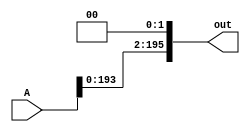
`define M     97          // M is the degree of the irreducible polynomial
`define WIDTH (2*`M-1)    // width for a GF(3^M) element
`define W2    (4*`M-1)    // width for a GF(3^{2*M}) element
`define W3    (6*`M-1)    // width for a GF(3^{3*M}) element
`define W6    (12*`M-1)   // width for a GF(3^{6*M}) element
`define PX    196'h4000000000000000000000000000000000000000001000002 // PX is the irreducible polynomial
`define SCALAR_WIDTH (151-1) // the width for the scalar value
`define MOST 2*`M+1:2*`M

module func2(A, out);
    input [`WIDTH+2:0] A;
    output [`WIDTH+2:0] out;
    assign out = {A[`WIDTH:0], 2'd0};
endmodule